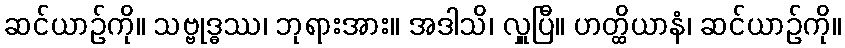
ဆင်ယာဉ်ကို။ သဗ္ဗုဒ္ဓဿ၊ ဘုရားအား။ အဒါသိ၊ လှူပြီ။ ဟတ္ထိယာနံ၊ ဆင်ယာဉ်ကို။